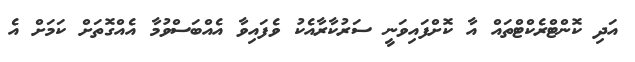
އަދި ކޮންޓްރެކްޓްތައް އާ ކޮށްފައިވަނީ ސަރުކާރާއެކު ވެފައިވާ އެއްބަސްވުމާ އެއްގޮތަށް ކަމަށް އެ